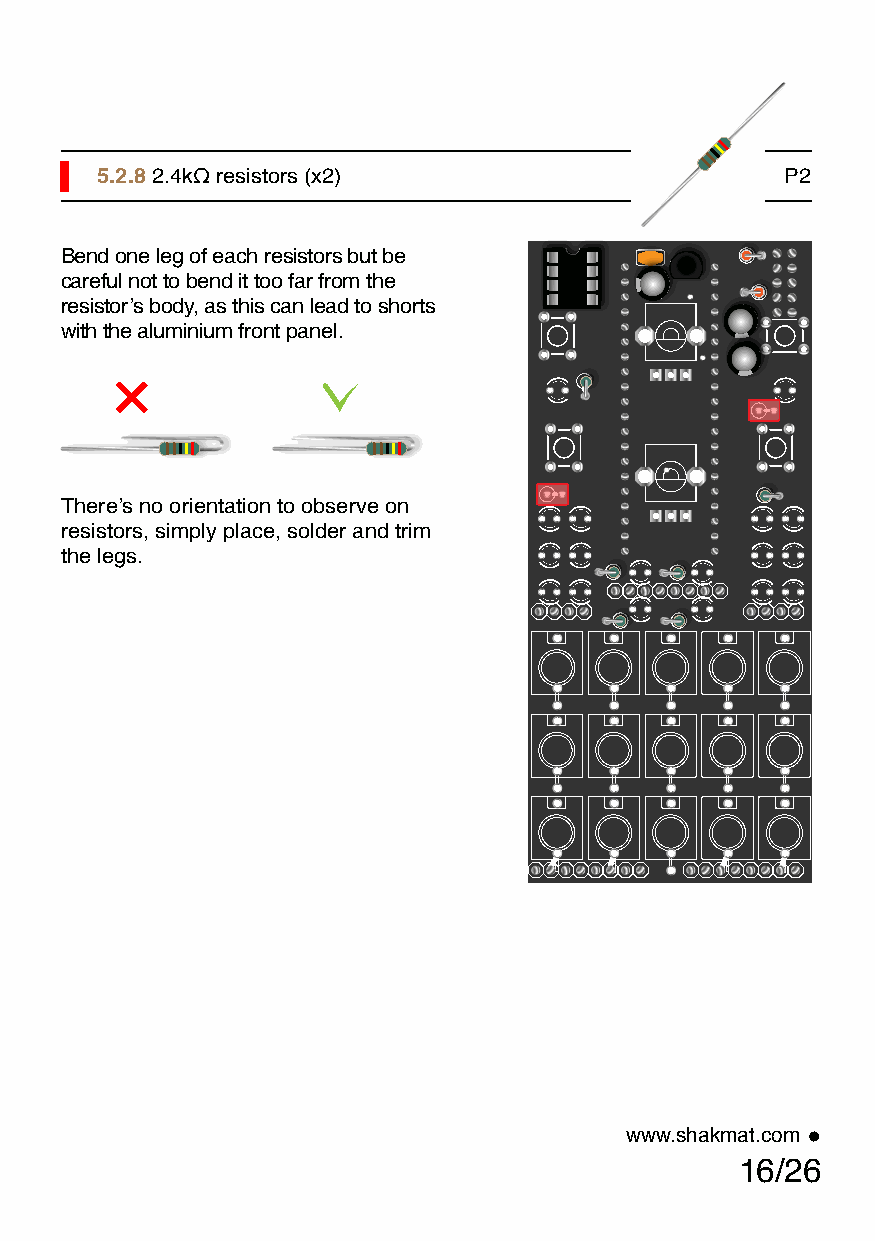
5.2.8 2.4kΩ resistors (x2)                    P2
 Bend one leg of each resistors but be
 careful not to bend it too far from the
 resistor’s body, as this can lead to shorts
 with the aluminium front panel.
 There’s no orientation to observe on
 resistors, simply place, solder and trim
 the legs.
 www.shakmat.com •
 16/26